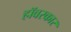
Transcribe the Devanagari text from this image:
हॉवरकार